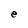
Character: e